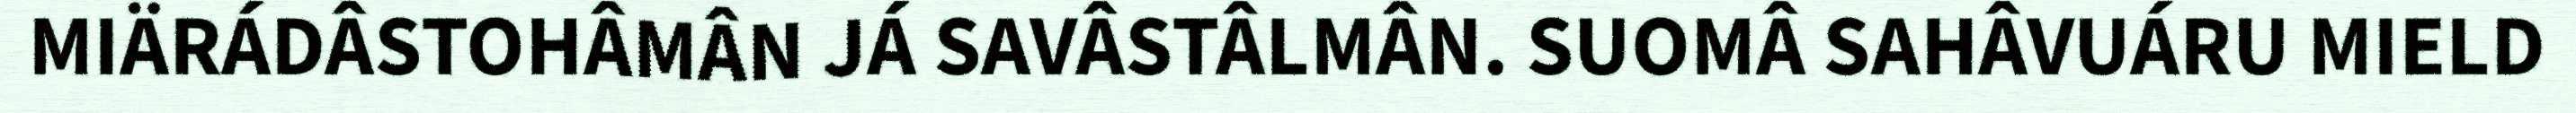
MIÄRÁDÂSTOHÂMÂN JÁ SAVÂSTÂLMÂN. SUOMÂ SAHÂVUÁRU MIELD